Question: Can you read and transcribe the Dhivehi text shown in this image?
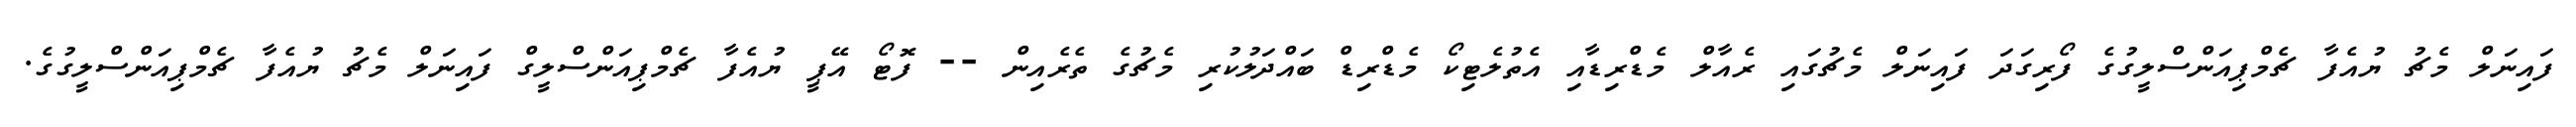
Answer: ފައިނަލް މެޗު ޔުއެފާ ޗެމްޕިއަންސްލީގުގެ ފޯރިގަދަ ފައިނަލް މެޗުގައި ރެއާލް މެޑްރިޑާއި އެތުލެޓިކޯ މެޑްރިޑް ބައްދަލުކުރި މެޗުގެ ތެރެއިން -- ފޮޓޯ އޭޕީ ޔުއެފާ ޗެމްޕިއަންސްލީގް ފައިނަލް މެޗު ޔުއެފާ ޗެމްޕިއަންސްލީގުގެ.